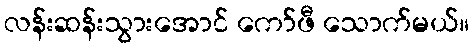
လန်းဆန်းသွားအောင် ကော်ဖီ သောက်မယ်။